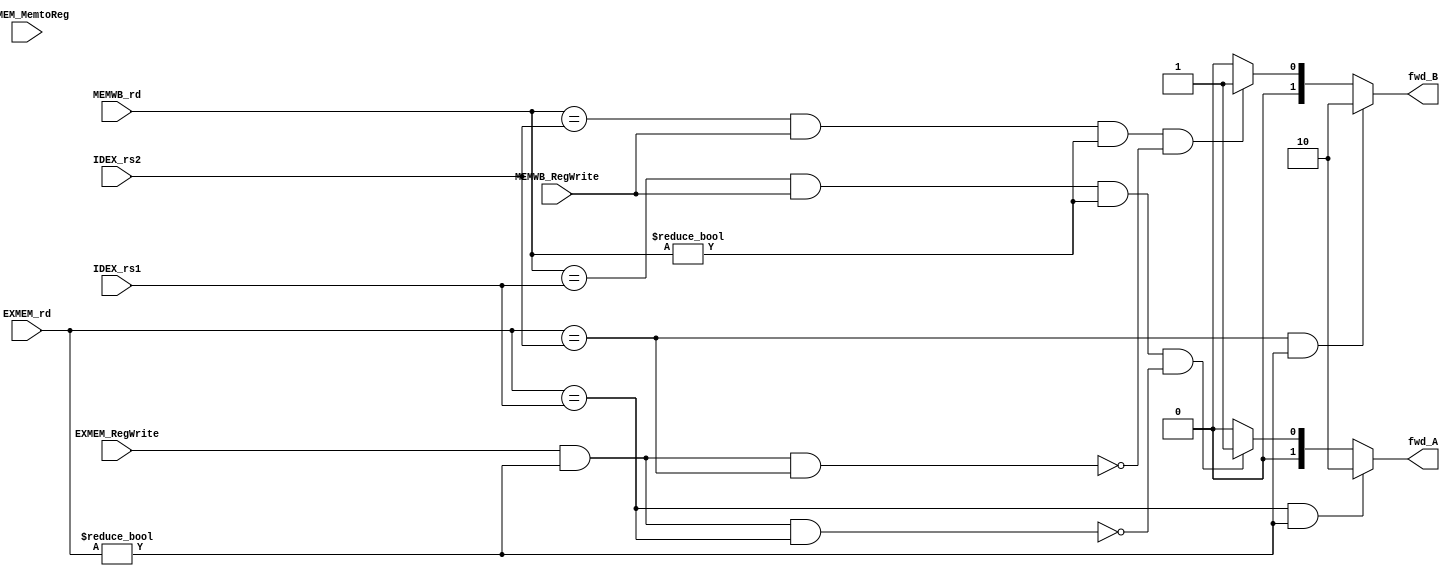
`timescale 1ns / 1ps
//////////////////////////////////////////////////////////////////////////////////
// Company: 
// Engineer: 
// 
// Design Name: 
// Module Name: Forwarding_Unit
// Project Name: 
// Target Devices: 
// Tool Versions: 
// Description: 
// 
// Dependencies: 
// 
// Revision:
// Revision 0.01 - File Created
// Additional Comments:
// 
//////////////////////////////////////////////////////////////////////////////////


module Forwarding_Unit
(
    input [4:0] EXMEM_rd, MEMWB_rd,
    input [4:0] IDEX_rs1, IDEX_rs2,
    input EXMEM_RegWrite, EXMEM_MemtoReg,
    input MEMWB_RegWrite,

    output reg [1:0] fwd_A, fwd_B
);

always @(*) begin
    // Forwarding logic for operand A
    if (EXMEM_rd == IDEX_rs1 /*&& EXMEM_RegWrite*/ && EXMEM_rd != 0) begin
        fwd_A = 2'b10;  // Forward value from the EX/MEM pipeline stage
    end else if ((MEMWB_rd == IDEX_rs1) && MEMWB_RegWrite && (MEMWB_rd != 0) &&
               !(EXMEM_RegWrite && (EXMEM_rd != 0) && (EXMEM_rd == IDEX_rs1))) begin
        fwd_A = 2'b01;  // Forward value from the MEM/WB pipeline stage
    end else begin
        fwd_A = 2'b00;  // No forwarding for operand A
    end
    
    // Forwarding logic for operand B
    if ((EXMEM_rd == IDEX_rs2) /*&& EXMEM_RegWrite*/ && EXMEM_rd != 0) begin
        fwd_B = 2'b10;  // Forward value from the EX/MEM pipeline stage
    end else if ((MEMWB_rd == IDEX_rs2) && (MEMWB_RegWrite == 1) && (MEMWB_rd != 0) &&
               !(EXMEM_RegWrite && (EXMEM_rd != 0) && (EXMEM_rd == IDEX_rs2))) begin
        fwd_B = 2'b01;  // Forward value from the MEM/WB pipeline stage
    end else begin
        fwd_B = 2'b00;  // No forwarding for operand B
    end
end

endmodule